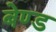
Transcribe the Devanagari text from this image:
बेण्ड